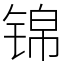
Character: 锦